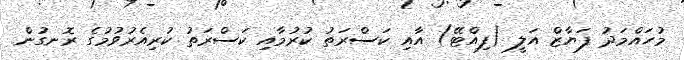
މުހައްމަދު ފަޔާޒް އަލީ (ފިއްޓޭ) އާއި ކަސްރަތު ކުރުމާއި ކަސްރަތު ކުރިއެރުވުމުގެ ރޮނގުން